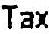
TAX